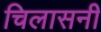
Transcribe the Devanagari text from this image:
चिलासनी